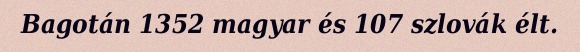
Bagotán 1352 magyar és 107 szlovák élt.